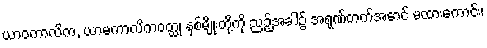
ယာဝကာလိက, ယာမကာလိကဝတ္ထု နှစ်မျိုးတို့ကို ညဉ့်အခါ၌ အရုဏ်တက်အောင် မထားကောင်း၊